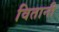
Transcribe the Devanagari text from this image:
वितानी